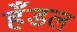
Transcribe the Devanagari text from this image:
हँडल